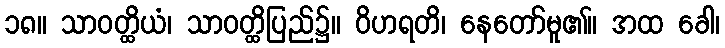
၁၈။ သာဝတ္ထိယံ၊ သာဝတ္ထိပြည်၌။ ဝိဟရတိ၊ နေတော်မူ၏။ အထ ခေါ၊